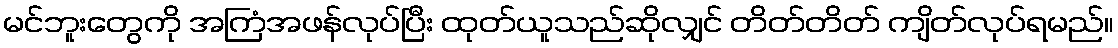
မင်ဘူးတွေကို အကြံအဖန်လုပ်ပြီး ထုတ်ယူသည်ဆိုလျှင် တိတ်တိတ် ကျိတ်လုပ်ရမည်။